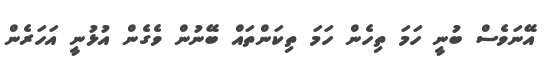
އޭނަވެސް ބުނީ ހަމަ ތިހެން ހަމަ ތިކަންތައް ބޭނުން ވެގެން އުޅުނީ އަހަރެން